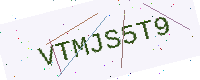
Text: VTMJS5T9